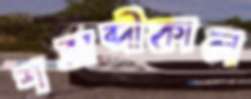
শতাব্দীকাল